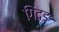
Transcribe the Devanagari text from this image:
गिंदङ